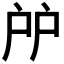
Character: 𢨯